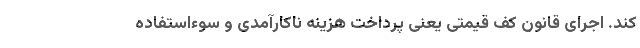
کند. اجرای قانون کف قیمتی یعنی پرداخت هزینه ناکارآمدی و سوءاستفاده